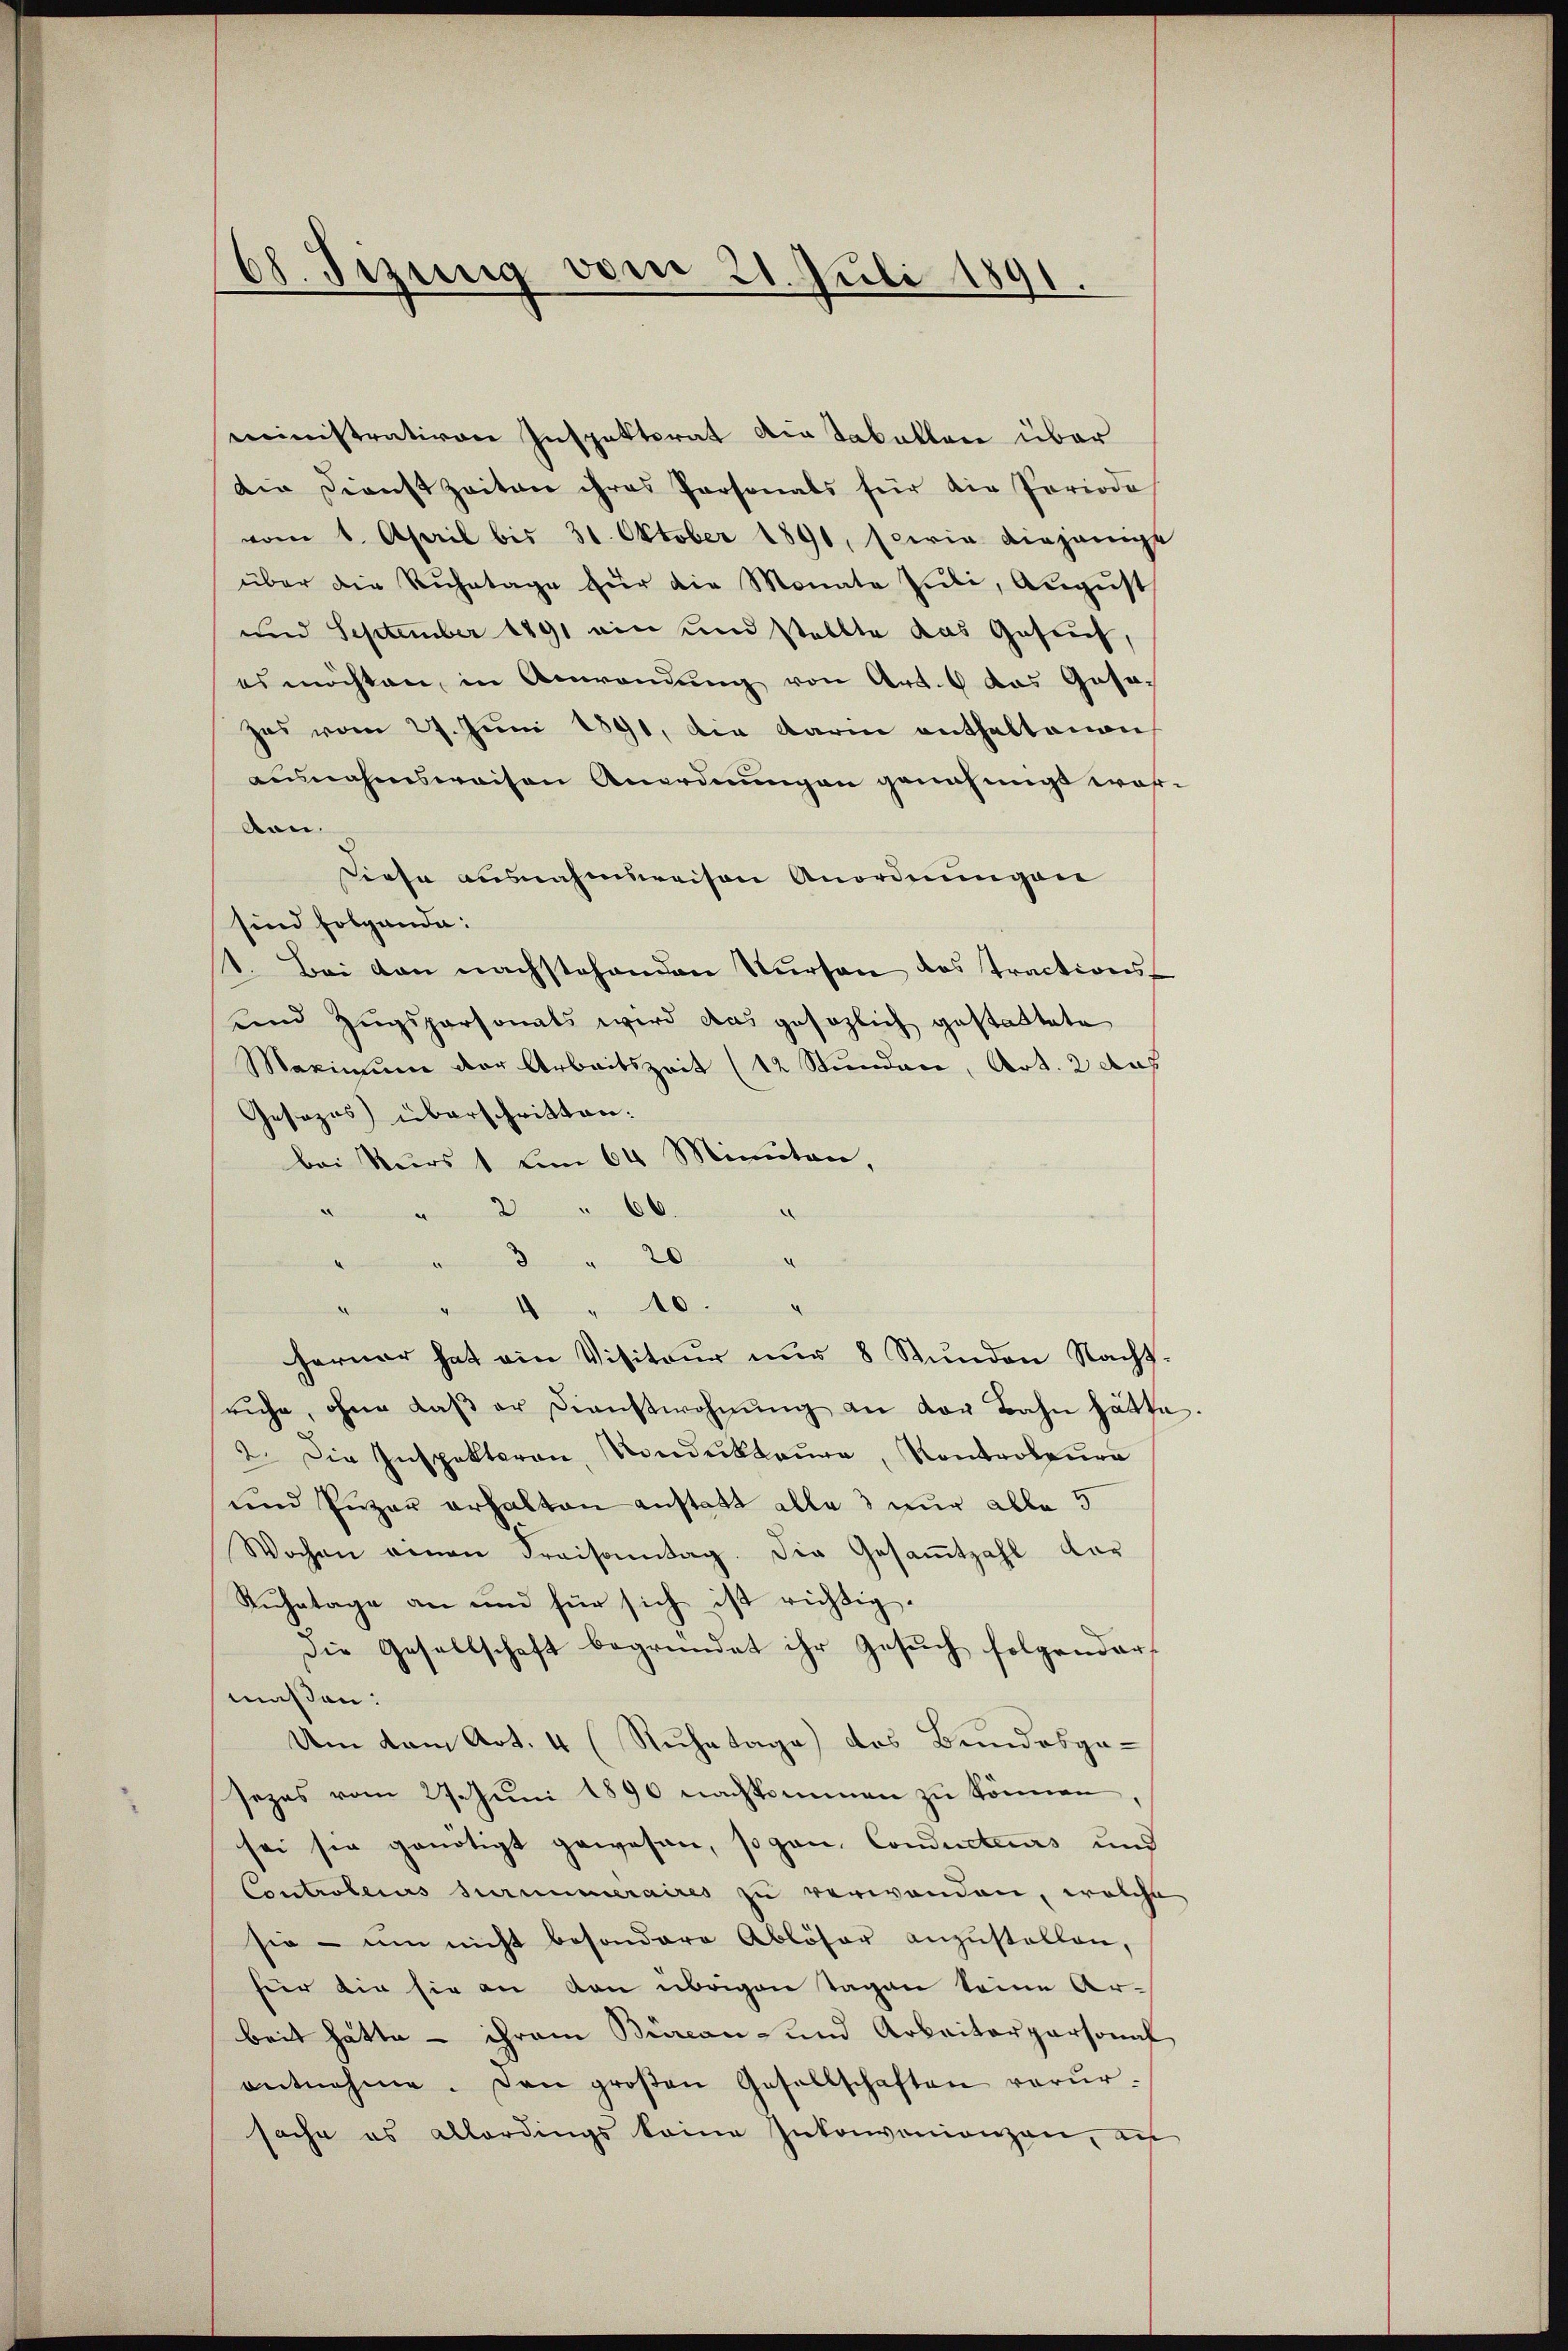
ministrativen Inspektorat die tabellen über
Die Dienstzeiten ihres Personals für die Periodis
vom 1. April bis 31. Oktober 1890, sowie diejenige
über die Ruhetage für die Monate Pŭli, Aŭgŭst
und September 1891 ein und stellte das Gesuch,
es möchten, in Anwendung von Art. das Gasazas vom 27. Juni 1891, die darin enthaltenen
ausnahmsweisen Anordnŭngen genehmigt wor-
ben.
Diese ausnahmsweisen Anordnungen
sind folgende:
1. Bei den nachstehenden Verson des tractions-
unnd Zugspersonals wird das gesezlich gestattete
Maximum der Arbeitszeit (12 Stunden, Art. 2 auf
Gesezes überschritten.
bei Nur 1 u 64 Minuten,
" " 2 " 66.
e
20

1 " 10.
ferner hat ein Visiteur nur 8 Stunden Nacht-
ruhe, ohne daβ er dienstwohnŭng an vor Bahn hätte
2. Die Inspektoran, Rondukteure, Kontroleur
und Luzer erhalten anstatt alle 3 nur alle 5
Wochen einen Kraisonntag. Die Gesaṁtzahl dar
Ruhetage an und für sich ist richtig.
Die Gesellschaft begründet ihr Gesŭch folgender
massen:
Um vom Art. 4 (Ruhetage) des Bundesga-
sezes vom 27. Juni 1890 nachkommen zu können
sei sie genötigt gewesen, so gan, Conducteurs und
Controlerus suruumeraires zu verwanden, welche
sie - um nicht besondere Ablöser anzŭstellen,
für die sie an den übrigen Tagen keine Arbeit hätte - ihrem Büreau- und Arbeiterpersonal
entnehme. Den groβen Gesellschaften verŭr-
sache es allerdings keine Inkonvenienzen, an

68. Fizung vom 21. Juli 1891.

¬